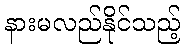
နားမလည်နိုင်သည့်